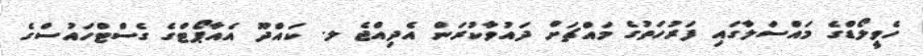
ހެވީލޯޑްގެ މައްސަލާގައި ފަރުހަތުގެ މައްޗަށް ދައުވާކުރަން އެދިއްޖެ ލ. ކައްދޫ އެއާޕޯޓްގެ ގެސްޓްހައުސްގެ